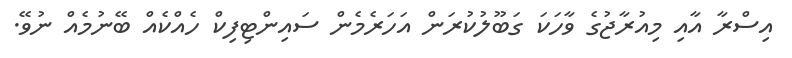
އިސްރާ އާއި މިއުރާޖުގެ ވާހަކަ ގަބޫލުކުރަން އަހަރެމެން ސައިންޓިފިކް ހެއްކެއް ބޭނުމެއް ނުވޭ.